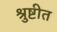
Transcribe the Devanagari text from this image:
श्रुष्टीत